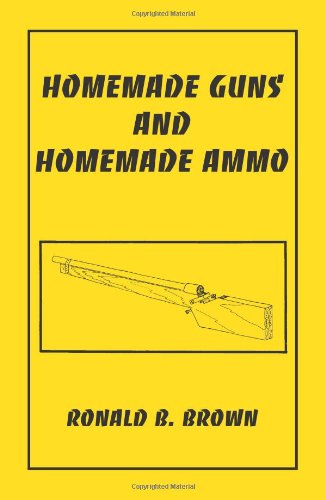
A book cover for Homemade Guns And Homemade Ammo; Ronald B. Brown; Crafts, Hobbies & Home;